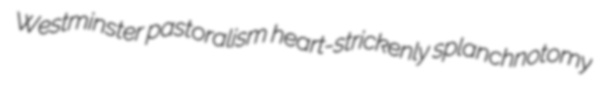
Westminster pastoralism heart-strickenly splanchnotomy